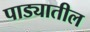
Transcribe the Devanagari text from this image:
पाड्यातील